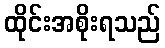
ထိုင်းအစိုးရသည်